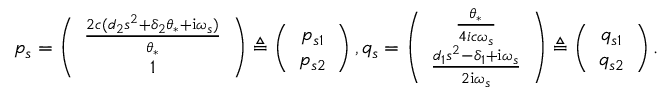
p _ { s } = \left( \begin{array} { c } { \frac { 2 c ( d _ { 2 } s ^ { 2 } + \delta _ { 2 } \theta _ { * } + \mathrm { i } \omega _ { s } ) } { \theta _ { * } } } \\ { 1 } \end{array} \right) \triangleq \left( \begin{array} { c } { p _ { s 1 } } \\ { p _ { s 2 } } \end{array} \right) , q _ { s } = \left( \begin{array} { c } { \frac { \theta _ { * } } { 4 i c \omega _ { s } } } \\ { \frac { d _ { 1 } s ^ { 2 } - \delta _ { 1 } + \mathrm { i } \omega _ { s } } { 2 \mathrm { i } \omega _ { s } } } \end{array} \right) \triangleq \left( \begin{array} { c } { q _ { s 1 } } \\ { q _ { s 2 } } \end{array} \right) .